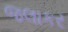
જલાકર